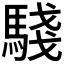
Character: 𩤊